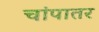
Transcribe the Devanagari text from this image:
चांपातर